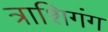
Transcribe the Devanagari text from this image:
त्राशिगंग